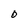
Character: O